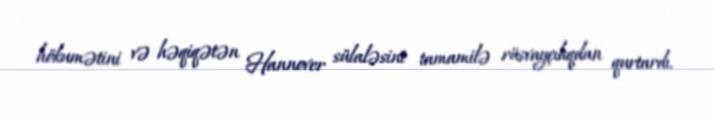
hökumətini və həqiqətən Hannover sülaləsini tamamilə rüsvayçılıqdan qurtardı.